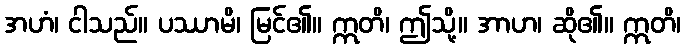
အဟံ၊ ငါသည်။ ပဿာမိ၊ မြင်၏။ ဣတိ၊ ဤသို့။ အာဟ၊ ဆို၏။ ဣတိ၊